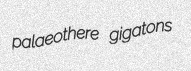
palaeothere gigatons